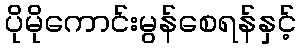
ပိုမိုကောင်းမွန်စေရန်နှင့်